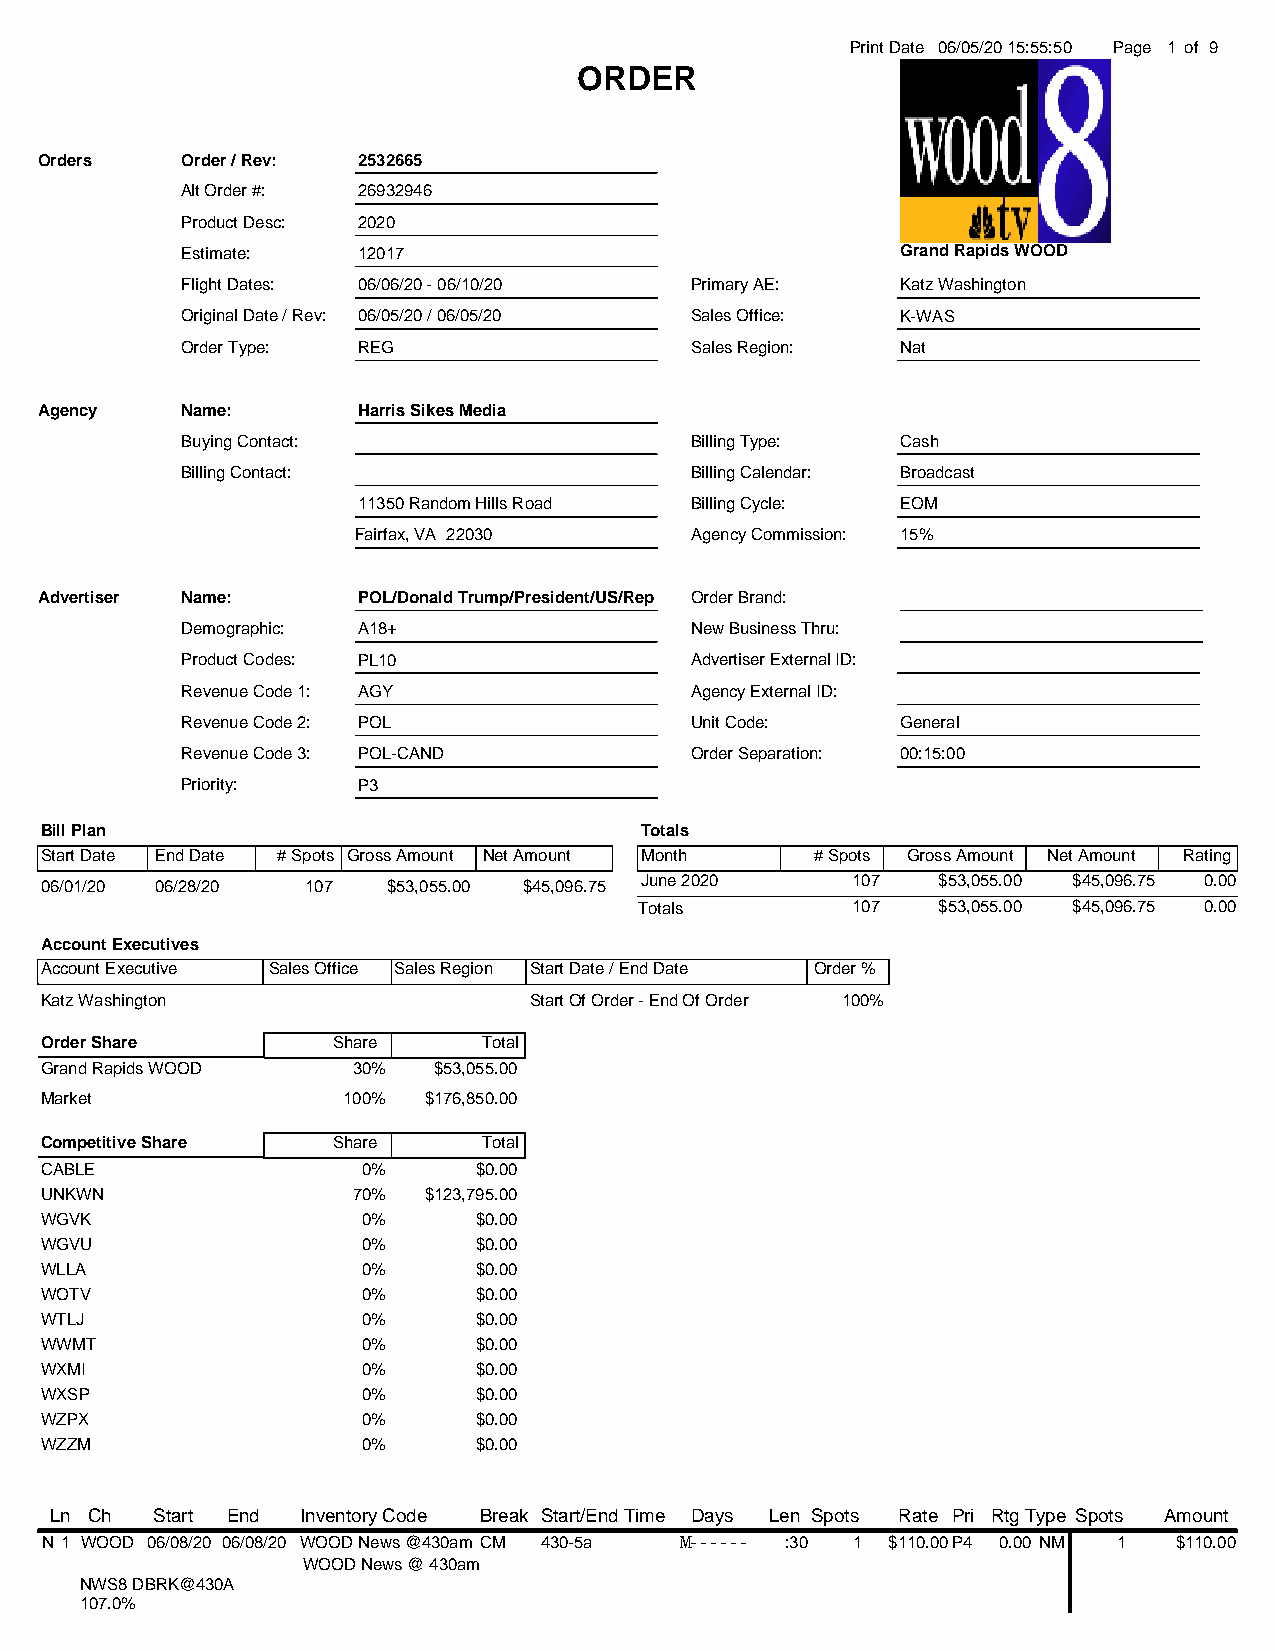
Print Date 06/05/20 15:55:50 Page 1 of 9
 ORDER
 Orders    Order / Rev: 2532665
 Alt Order #: 26932946
 Product Desc: 2020
 Estimate:   12017                               Grand Rapids WOOD
 Flight Dates: 06/06/20 - 06/10/20 Primary AE:   Katz Washington
 Original Date / Rev: 06/05/20 / 06/05/20 Sales Office: K-WAS
 Order Type: REG                   Sales Region: Nat
 Agency    Name:       Harris Sikes Media
 Buying Contact:                   Billing Type: Cash
 Billing Contact:                  Billing Calendar: Broadcast
 11350 Random Hills Road Billing Cycle: EOM
 Fairfax, VA 22030      Agency Commission: 15%
 Advertiser Name:      POL/Donald Trump/President/US/Rep Order Brand:
 Demographic: A18+                 New Business Thru:
 Product Codes: PL10               Advertiser External ID:
 Revenue Code 1: AGY               Agency External ID:
 Revenue Code 2: POL               Unit Code:    General
 Revenue Code 3: POL-CAND          Order Separation: 00:15:00
 Priority:   P3
 Bill Plan                              Totals
 Start Date End Date # Spots Gross Amount Net Amount Month # Spots Gross Amount Net Amount Rating
 06/01/20 06/28/20 107  $53,055.00 $45,096.75 June 2020 107 $53,055.00 $45,096.75 0.00
 Totals        107   $53,055.00 $45,096.75 0.00
 Account Executives
 Account Executive Sales Office Sales Region Start Date / End Date Order %
 Katz Washington                 Start Of Order - End Of Order 100%
 Order Share        Share     Total
 Grand Rapids WOOD   30%   $53,055.00
 Market              100% $176,850.00
 Competitive Share  Share     Total
 CABLE                0%     $0.00
 UNKWN               70%  $123,795.00
 WGVK                 0%     $0.00
 WGVU                 0%     $0.00
 WLLA                 0%     $0.00
 WOTV                 0%     $0.00
 WTLJ                 0%     $0.00
 WWMT                 0%     $0.00
 WXMI                 0%     $0.00
 WXSP                 0%     $0.00
 WZPX                 0%     $0.00
 WZZM                 0%     $0.00
 Ln Ch  Start End Inventory Code Break Start/End Time Days Len Spots Rate Pri RtgType Spots Amount
 N 1 WOOD 06/08/20 06/08/20 WOOD News @430am CM 430-5a M------ :30 1 $110.00P4 0.00 NM 1 $110.00
 WOOD News @ 430am
 NWS8 DBRK@430A
 107.0%